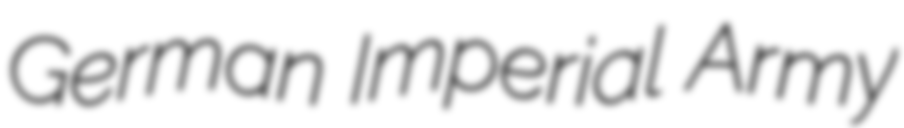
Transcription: German Imperial Army